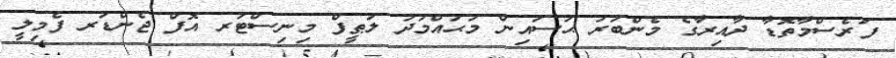
ފަރެސްމާތޮޑާ ދާއިރާގެ މެންބަރު ޙުސައިން މުޙައްމަދު ލަޠީފް މިނިސްޓަރ އޮފް ޖެންޑަރ ފެމިލީ